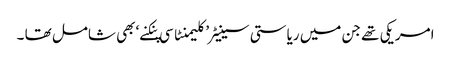
امریکی تھے جن میں ریاستی سینیٹر’ کلیمنٹا سی پنکنے‘ بھی شامل تھا ۔